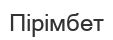
Пірімбет